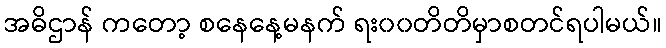
အဓိဌာန် ကတော့ စနေနေ့မနက် ရး၀၀တိတိမှာစတင်ရပါမယ်။